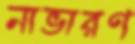
নাভারণ